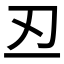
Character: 丒